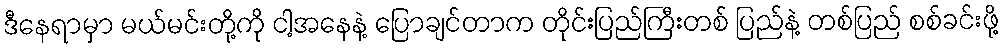
ဒီနေရာမှာ မယ်မင်းတို့ကို ငါ့အနေနဲ့ ပြောချင်တာက တိုင်းပြည်ကြီးတစ် ပြည်နဲ့ တစ်ပြည် စစ်ခင်းဖို့